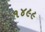
૧૪૯૯